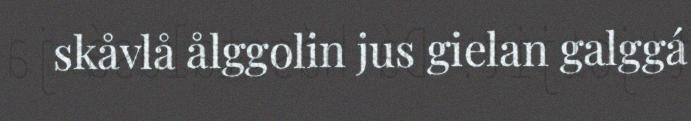
skåvlå ålggolin jus gielan galggá